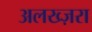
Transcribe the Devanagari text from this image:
अलख्ज़रा